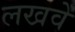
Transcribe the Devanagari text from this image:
लखवें